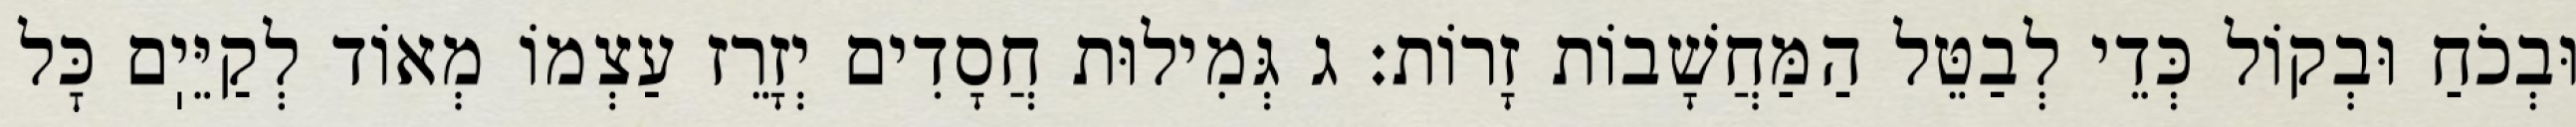
וּבְכֹחַ וּבְקוֹל כְּדֵי לְבַטֵּל הַמַּחֲשָׁבוֹת זָרוֹת: ג גְּמִילוּת חֲסָדִים יְזָרֵז עַצְמוֹ מְאוֹד לְקַיֵּיֽם כׇּל